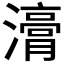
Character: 𭳇